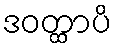
ဒဝတ္ထာပိ